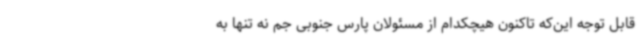
قابل توجه این‌که تاکنون هیچکدام از مسئولان پارس جنوبی جم نه تنها به